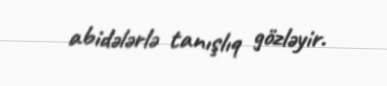
abidələrlə tanışlıq gözləyir.